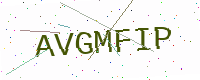
Text: AVGMFIP